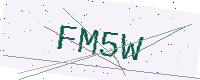
Text: FM5W